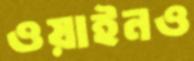
ওয়াইনও